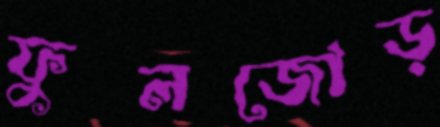
ফুলজোড়